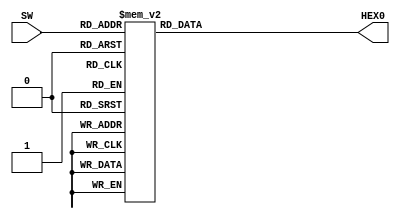
module sevensegs(SW, HEX0);
	input [3:0] SW;
	output reg [0:6] HEX0;

	always @(*) begin 
		case (SW)
		  4'b0000: HEX0 = 7'b0000001;
		  4'b0001: HEX0 = 7'b1001111;
		  4'b0010: HEX0 = 7'b0010010;
		  4'b0011: HEX0 = 7'b0000110;
		  4'b0100: HEX0 = 7'b1001100;
		  4'b0101: HEX0 = 7'b0100100;
		  4'b0110: HEX0 = 7'b0100000;
		  4'b0111: HEX0 = 7'b0001101;
		  4'b1000: HEX0 = 7'b0000000; 
		  4'b1001: HEX0 = 7'b0000100;
		  4'b1010: HEX0 = 7'b0001000;
		  4'b1011: HEX0 = 7'b1100000;
		  4'b1100: HEX0 = 7'b0110001;
		  4'b1101: HEX0 = 7'b1000010;
		  4'b1110: HEX0 = 7'b0110000;
		  4'b1111: HEX0 = 7'b0111000;
		 default:
			HEX0 = 7'b1111111;
		 endcase
end
endmodule

/*module showdigit (
	input i_Clk,
	input [3:0] bcd,
	output [6:0] HEX0
);

reg [6:0] r_Hex_Encoding = 7'h00;

 always @(posedge i_Clk)
    begin
      case (bcd)
        4'b0000 : r_Hex_Encoding <= 7'h7E;
        4'b0001 : r_Hex_Encoding <= 7'h30;
        4'b0010 : r_Hex_Encoding <= 7'h6D;
        4'b0011 : r_Hex_Encoding <= 7'h79;
        4'b0100 : r_Hex_Encoding <= 7'h33;          
        4'b0101 : r_Hex_Encoding <= 7'h5B;
        4'b0110 : r_Hex_Encoding <= 7'h5F;
        4'b0111 : r_Hex_Encoding <= 7'h70;
        4'b1000 : r_Hex_Encoding <= 7'h7F;
        4'b1001 : r_Hex_Encoding <= 7'h7B;
        4'b1010 : r_Hex_Encoding <= 7'h77;
        4'b1011 : r_Hex_Encoding <= 7'h1F;
        4'b1100 : r_Hex_Encoding <= 7'h4E;
        4'b1101 : r_Hex_Encoding <= 7'h3D;
        4'b1110 : r_Hex_Encoding <= 7'h4F;
        4'b1111 : r_Hex_Encoding <= 7'h47;
      endcase
 end
  
 assign HEX0[0] = ~r_Hex_Encoding[6];
 assign HEX0[1] = ~r_Hex_Encoding[5];
 assign HEX0[2] = ~r_Hex_Encoding[4];
 assign HEX0[3] = ~r_Hex_Encoding[3];
 assign HEX0[4] = ~r_Hex_Encoding[2];
 assign HEX0[5] = ~r_Hex_Encoding[1];
 assign HEX0[6] = ~r_Hex_Encoding[0];
endmodule*/